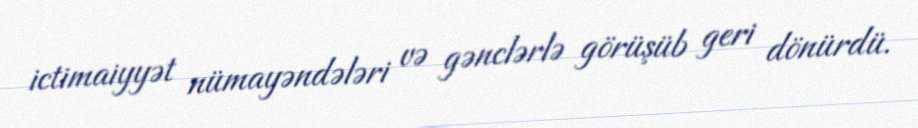
ictimaiyyət nümayəndələri və gənclərlə görüşüb geri dönürdü.